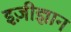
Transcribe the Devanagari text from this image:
इज़ीज्ञान